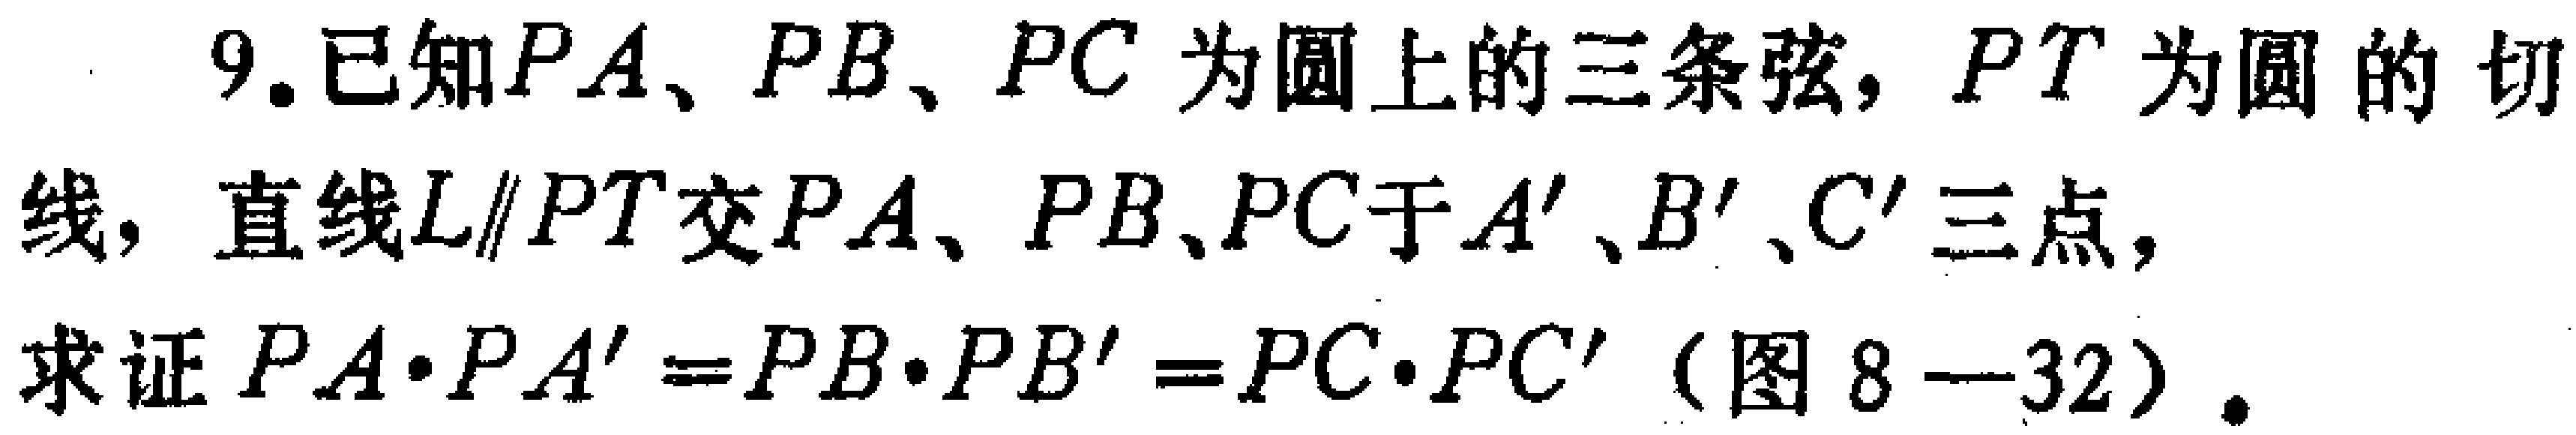
9.已知\(PA\)、\(PB\)、\(PC\)为圆上的三条弦，\(PT\)为圆的切线，直线\(L\parallel PT\)交\(PA\)、\(PB\)、\(PC\)于\(A'\)、\(B'\)、\(C'\)三点，求证\(PA\cdot PA' = PB\cdot PB' = PC\cdot PC'\)（图8—32）.